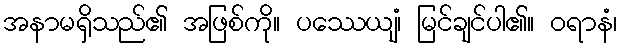
အနာမရှိသည်၏ အဖြစ်ကို။ ပဿေယျံ၊ မြင်ချင်ပါ၏။ ဝရာနံ၊